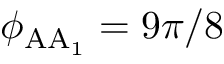
\phi _ { \mathrm { A A _ { 1 } } } = 9 \pi / 8